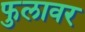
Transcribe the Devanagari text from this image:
फुलावर